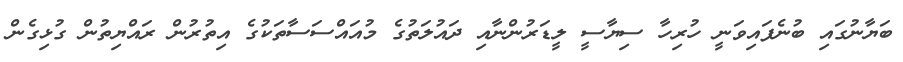
ބަޔާނުގައި ބުނެފައިވަނީ ހުރިހާ ސިޔާސީ ލީޑަރުންނާއި ދައުލަތުގެ މުއައްސަސާތަކުގެ އިތުރުން ރައްޔިތުން ގުޅިގެން